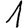
Digit: 1